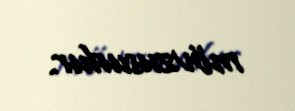
mövzusudur.